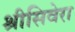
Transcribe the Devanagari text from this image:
श्रीसिवेरा